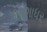
સાશાધર